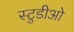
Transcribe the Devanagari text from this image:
स्टुडीओ